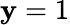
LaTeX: \mathbf{y}=1